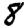
Digit: 8